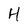
Character: H